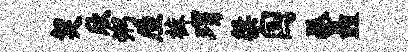
契欣粥厘裤瑁桀国孤矗